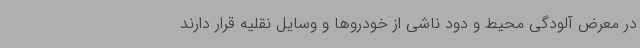
در معرض آلودگی محیط و دود ناشی از خودروها و وسایل نقلیه قرار دارند